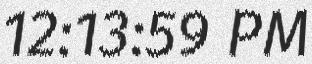
12:13:59 PM